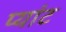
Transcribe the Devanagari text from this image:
प्यांट